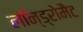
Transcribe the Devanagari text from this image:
लॉन्ड्रोमैट